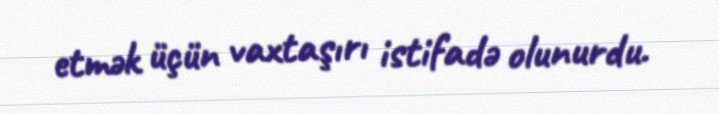
etmək üçün vaxtaşırı istifadə olunurdu.